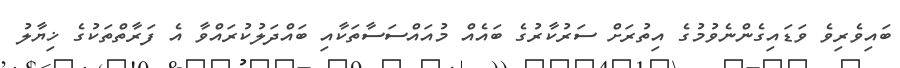
ބައިވެރިވެ ވަޑައިގެންނެވުމުގެ އިތުރަށް ސަރުކާރުގެ ބައެއް މުއައްސަސާތަކާއި ބައްދަލުކުރައްވާ އެ ފަރާތްތަކުގެ ޚިޔާލު